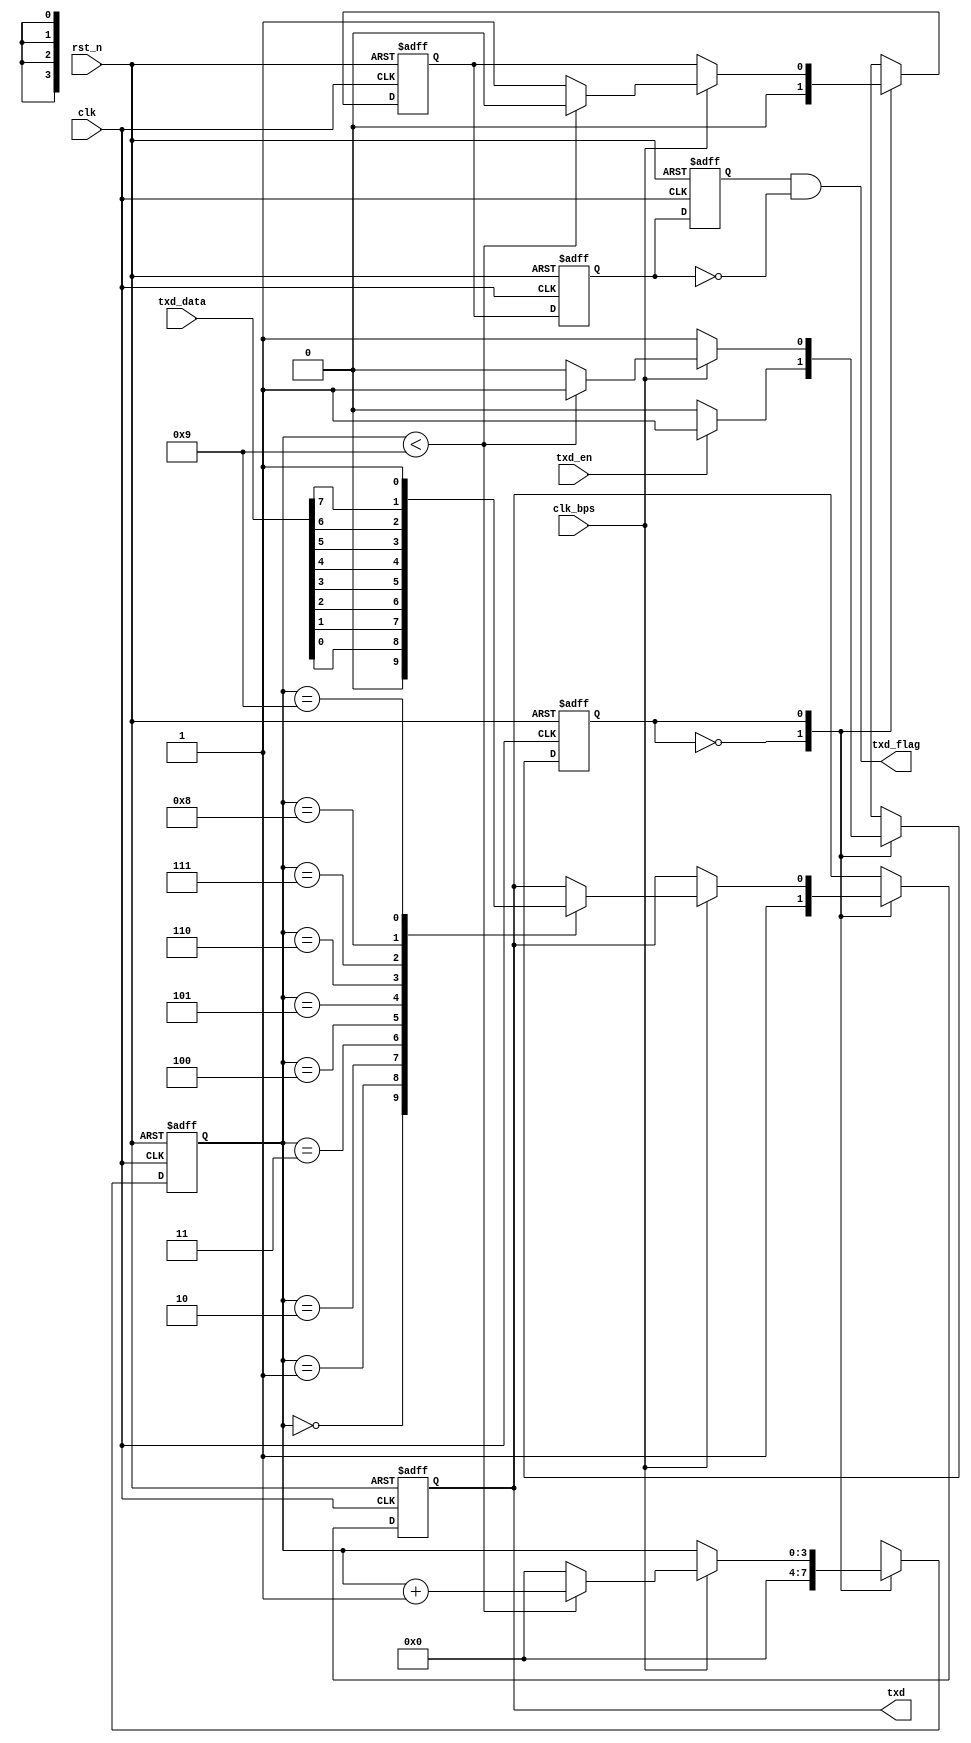
/**************************************************************
 *	Version			:		Quartus II 9.1 SP2
 *	Description		:		txd data Transfer
**************************************************************/
`timescale 1ns/1ns
module uart_transfer
(
	input			clk,
	input			clk_bps,
	input			rst_n,
	input			txd_en,		//txd data mark
	input	[7:0]	txd_data,
	
	output			txd_flag,	//txd data over mark
	output	reg		txd
);

//-------------------------------------
//transfer data from cpu to pc
parameter	T_IDLE	=	1'b0;	//test the flag to transfer data
parameter	T_SEND	=	1'b1;	//uart transfer data
reg			txd_state;
reg	[3:0]	txd_cnt;			//txd data counter
reg			txd_flag_r;
always@(posedge clk	or negedge rst_n)
begin
	if(!rst_n)
		begin
		txd_cnt <= 0;
		txd	<= 1'b1;	
		txd_flag_r <= 0;
		txd_state <= T_IDLE;
		end
	else
		begin
		case(txd_state)
		T_IDLE:		
			begin
			txd_cnt <= 0;
			txd <= 1;
			txd_flag_r <= 0;
			if(txd_en == 1)
				txd_state <= T_SEND;
			else
				txd_state <= T_IDLE;
			end	
		T_SEND:	
			begin
			if(clk_bps == 1)
				begin
				if(txd_cnt < 4'd9)
					begin
					txd_cnt <= txd_cnt + 1'b1;
					txd_flag_r <= 0;
					txd_state <= T_SEND;
					end
				else
					begin
					txd_cnt <= 0;
					txd_flag_r <= 1;
					txd_state <= T_IDLE;
					end
				case(txd_cnt)
				4'd0:	txd <= 0;
				4'd1:	txd <= txd_data[0];
				4'd2:	txd <= txd_data[1];
				4'd3:	txd <= txd_data[2];
				4'd4:	txd <= txd_data[3];
				4'd5:	txd <= txd_data[4];
				4'd6:	txd <= txd_data[5];
				4'd7:	txd <= txd_data[6];
				4'd8:	txd <= txd_data[7];
				4'd9:	txd <= 1;
				endcase
				end	
			else
				begin
				begin
				txd <= txd;
				txd_cnt <= txd_cnt;
				txd_flag_r <= txd_flag_r;
				txd_state <= txd_state;
				end
				end
			end		
		endcase
		end
end

//-------------------------------------
//Capture the falling of data transfer over
reg	txd_flag_r0,txd_flag_r1;
always@(posedge clk or negedge rst_n)
begin
	if(!rst_n)
		begin
		txd_flag_r0 <= 0;
		txd_flag_r1 <= 0;
		end
	else
		begin
		txd_flag_r0 <= txd_flag_r;
		txd_flag_r1 <= txd_flag_r0;
		end
end
assign	txd_flag = txd_flag_r1 & ~txd_flag_r0;

endmodule